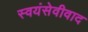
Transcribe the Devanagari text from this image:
स्वयंसेवीवाद